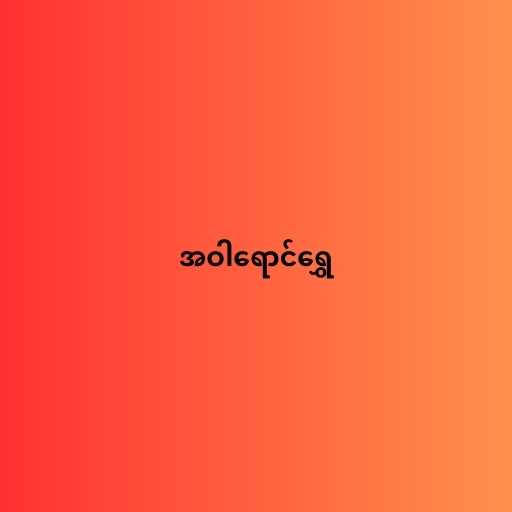
အဝါရောင်ရွှေ